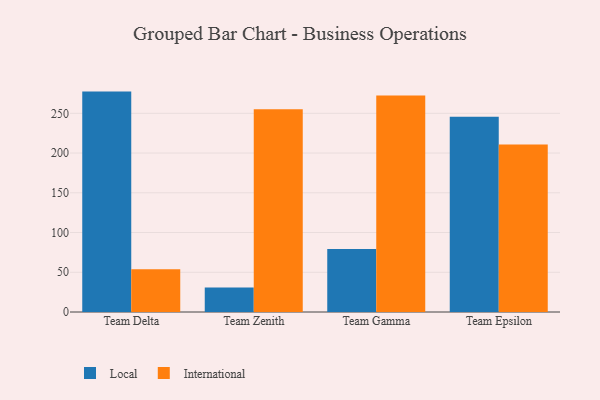
{"axis": {"x": "Team", "y": "Website Visitors"}, "legend": ["International", "Local"], "data": [{"x": "Team Delta", "y": 277.3, "type": "Local"}, {"x": "Team Delta", "y": 53.7, "type": "International"}, {"x": "Team Zenith", "y": 30.9, "type": "Local"}, {"x": "Team Zenith", "y": 255.0, "type": "International"}, {"x": "Team Gamma", "y": 79.3, "type": "Local"}, {"x": "Team Gamma", "y": 272.4, "type": "International"}, {"x": "Team Epsilon", "y": 245.5, "type": "Local"}, {"x": "Team Epsilon", "y": 210.9, "type": "International"}]}